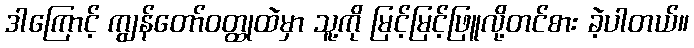
ဒါကြောင့် ကျွန်တော်ဝတ္ထုထဲမှာ သူ့ကို မြင့်မြင့်ဖြူလို့တင်စား ခဲ့ပါတယ်။